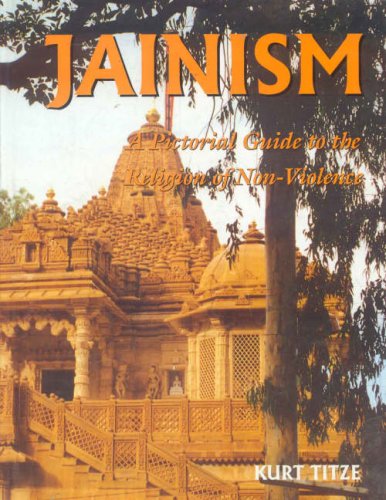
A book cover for Jainism: A Pictorial Guide to the Religion of Non-Violence; Kurt Titze; Religion & Spirituality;